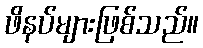
ဖိနပ်များဖြစ်သည်။